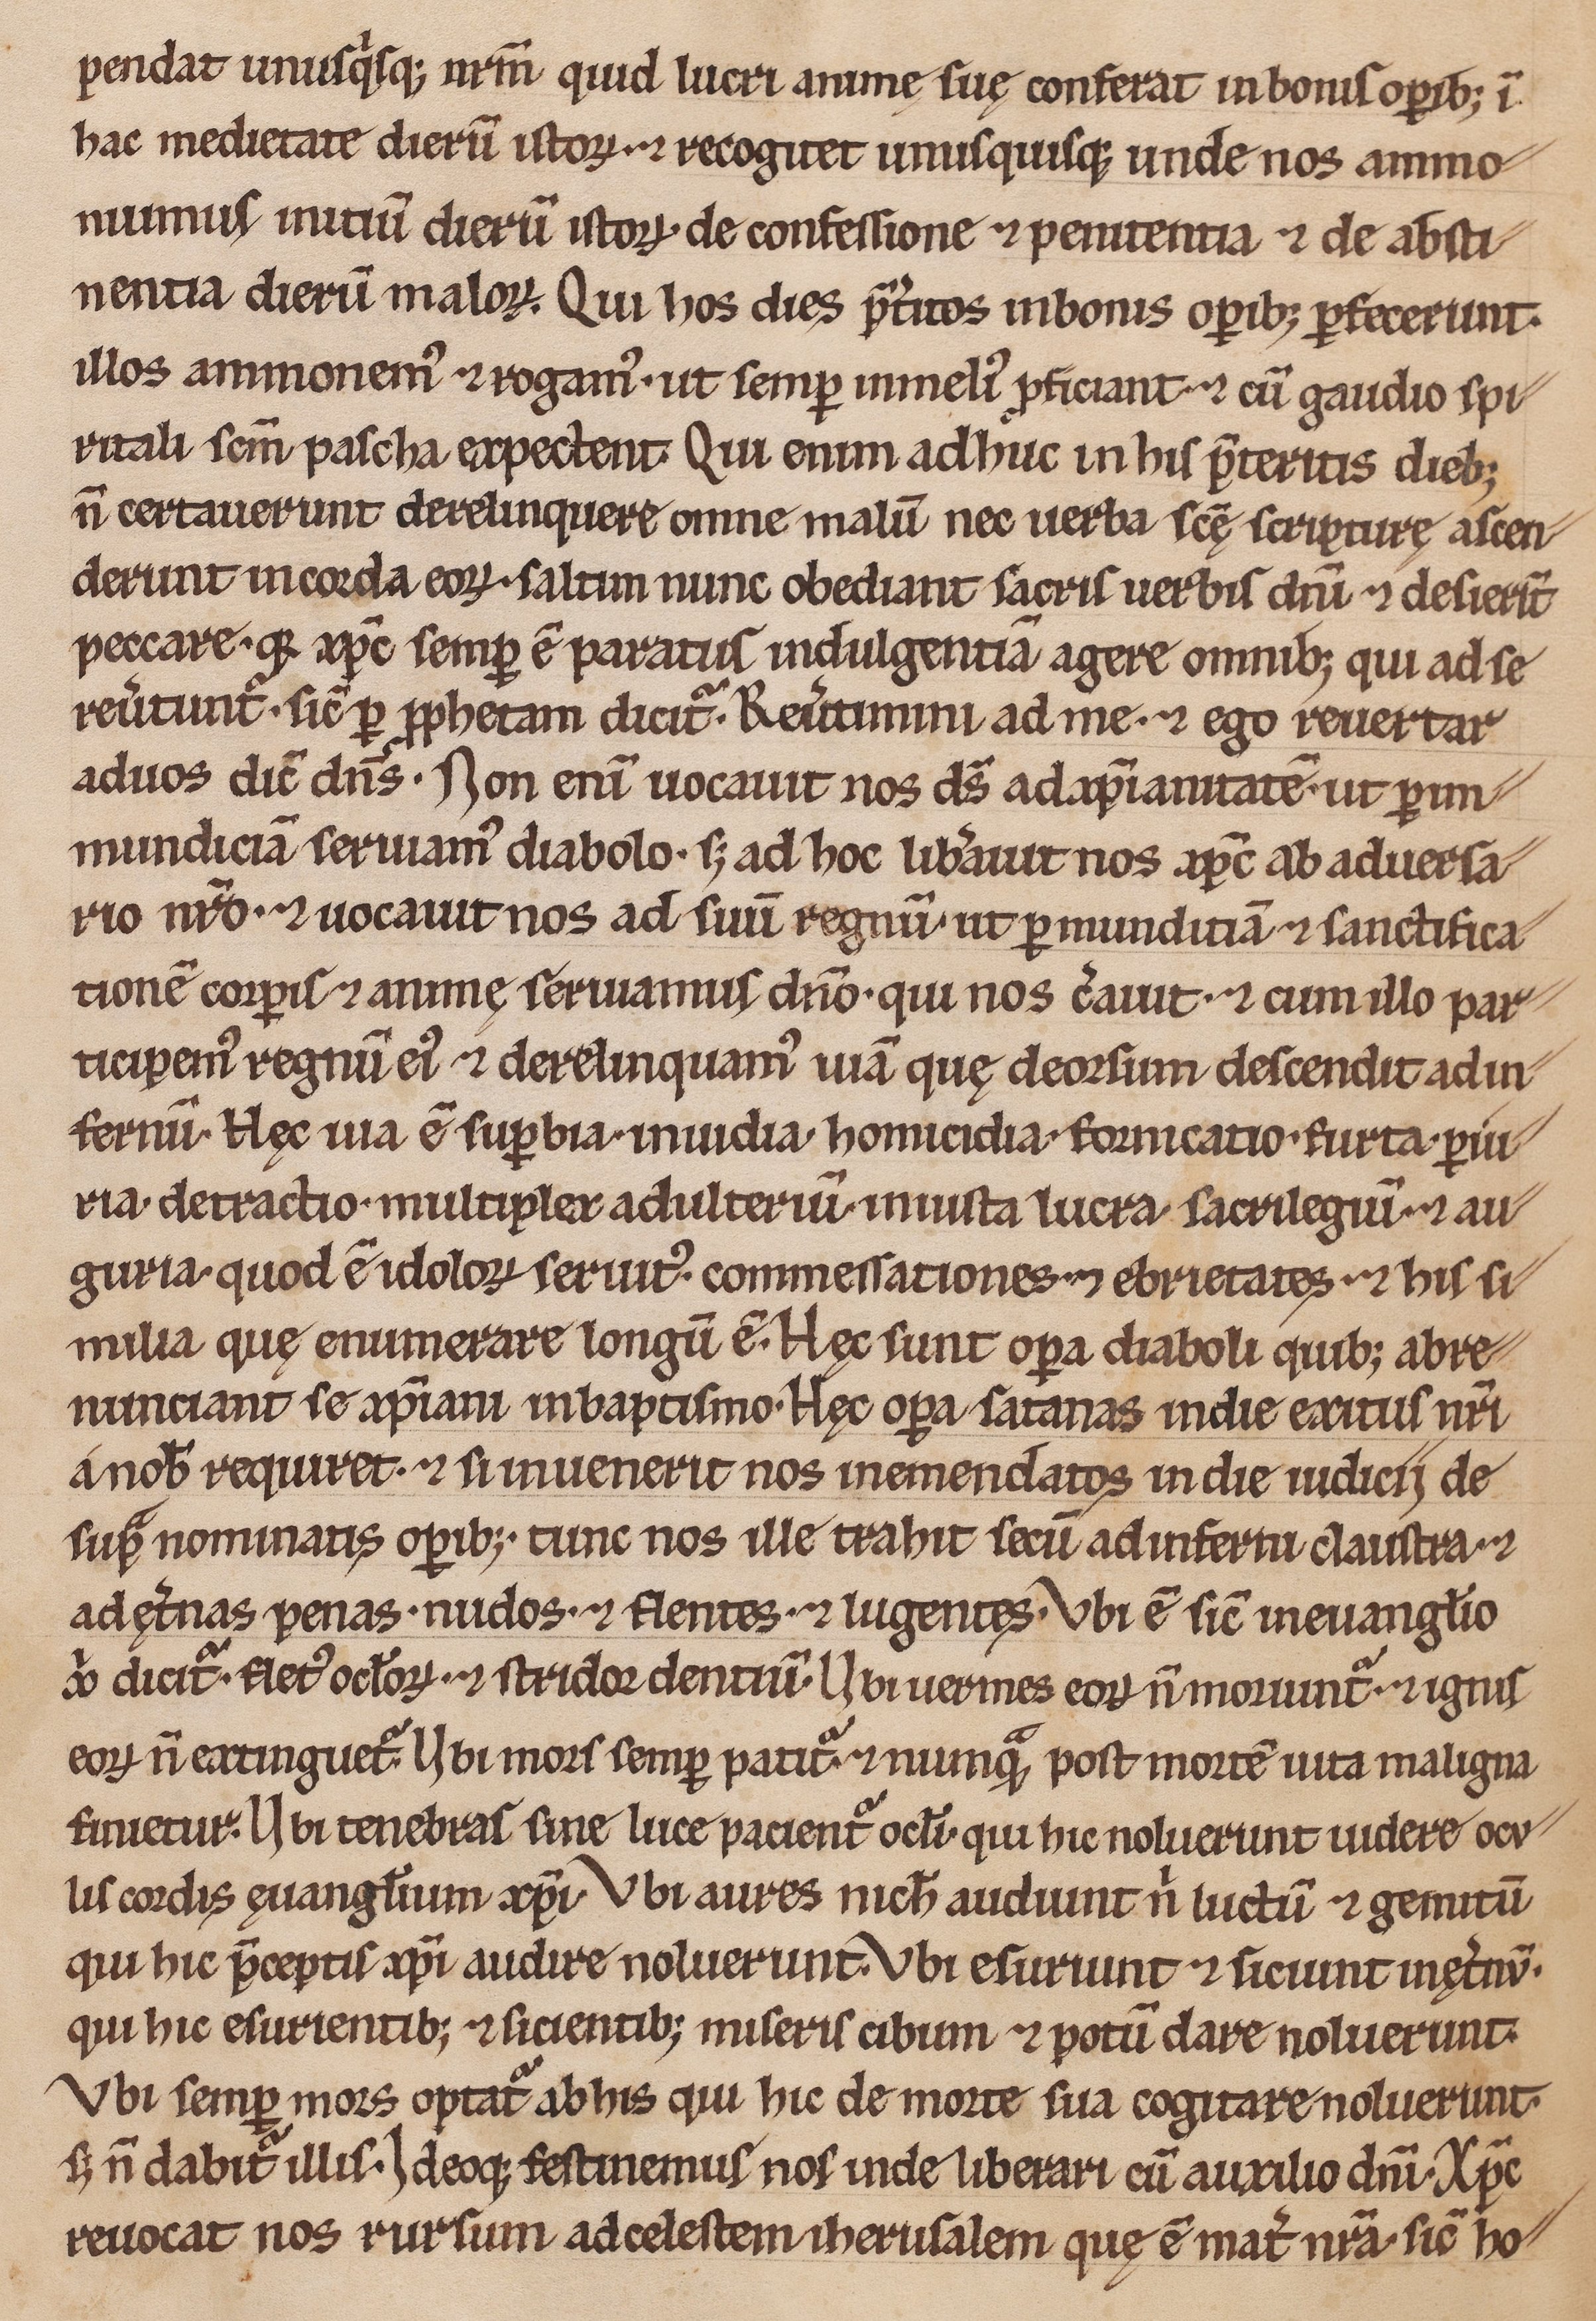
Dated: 1200–1299